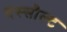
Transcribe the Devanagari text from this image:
दस्सौल्ट